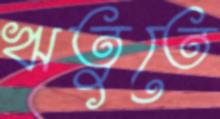
ঋতুতে